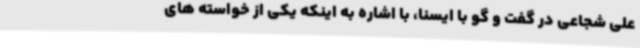
علی شجاعی در گفت و گو با ایسنا، با اشاره به اینکه یکی از خواسته های